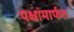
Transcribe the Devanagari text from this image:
पक्षांमार्फत